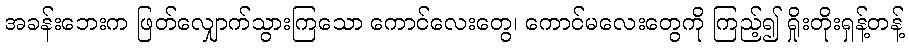
အခန်းဘေးက ဖြတ်လျှောက်သွားကြသော ကောင်လေးတွေ၊ ကောင်မလေးတွေကို ကြည့်၍ ရှိုးတိုးရှန့်တန့်